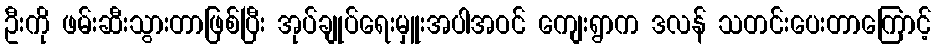
ဦးကို ဖမ်းဆီးသွားတာဖြစ်ပြီး အုပ်ချုပ်ရေးမှူးအပါအဝင် ကျေးရွာက ဒလန် သတင်းပေးတာကြောင့်